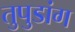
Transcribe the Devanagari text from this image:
तुपुडांग